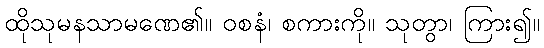
ထိုသုမနသာမဏေ၏။ ဝစနံ၊ စကားကို။ သုတွာ၊ ကြား၍။